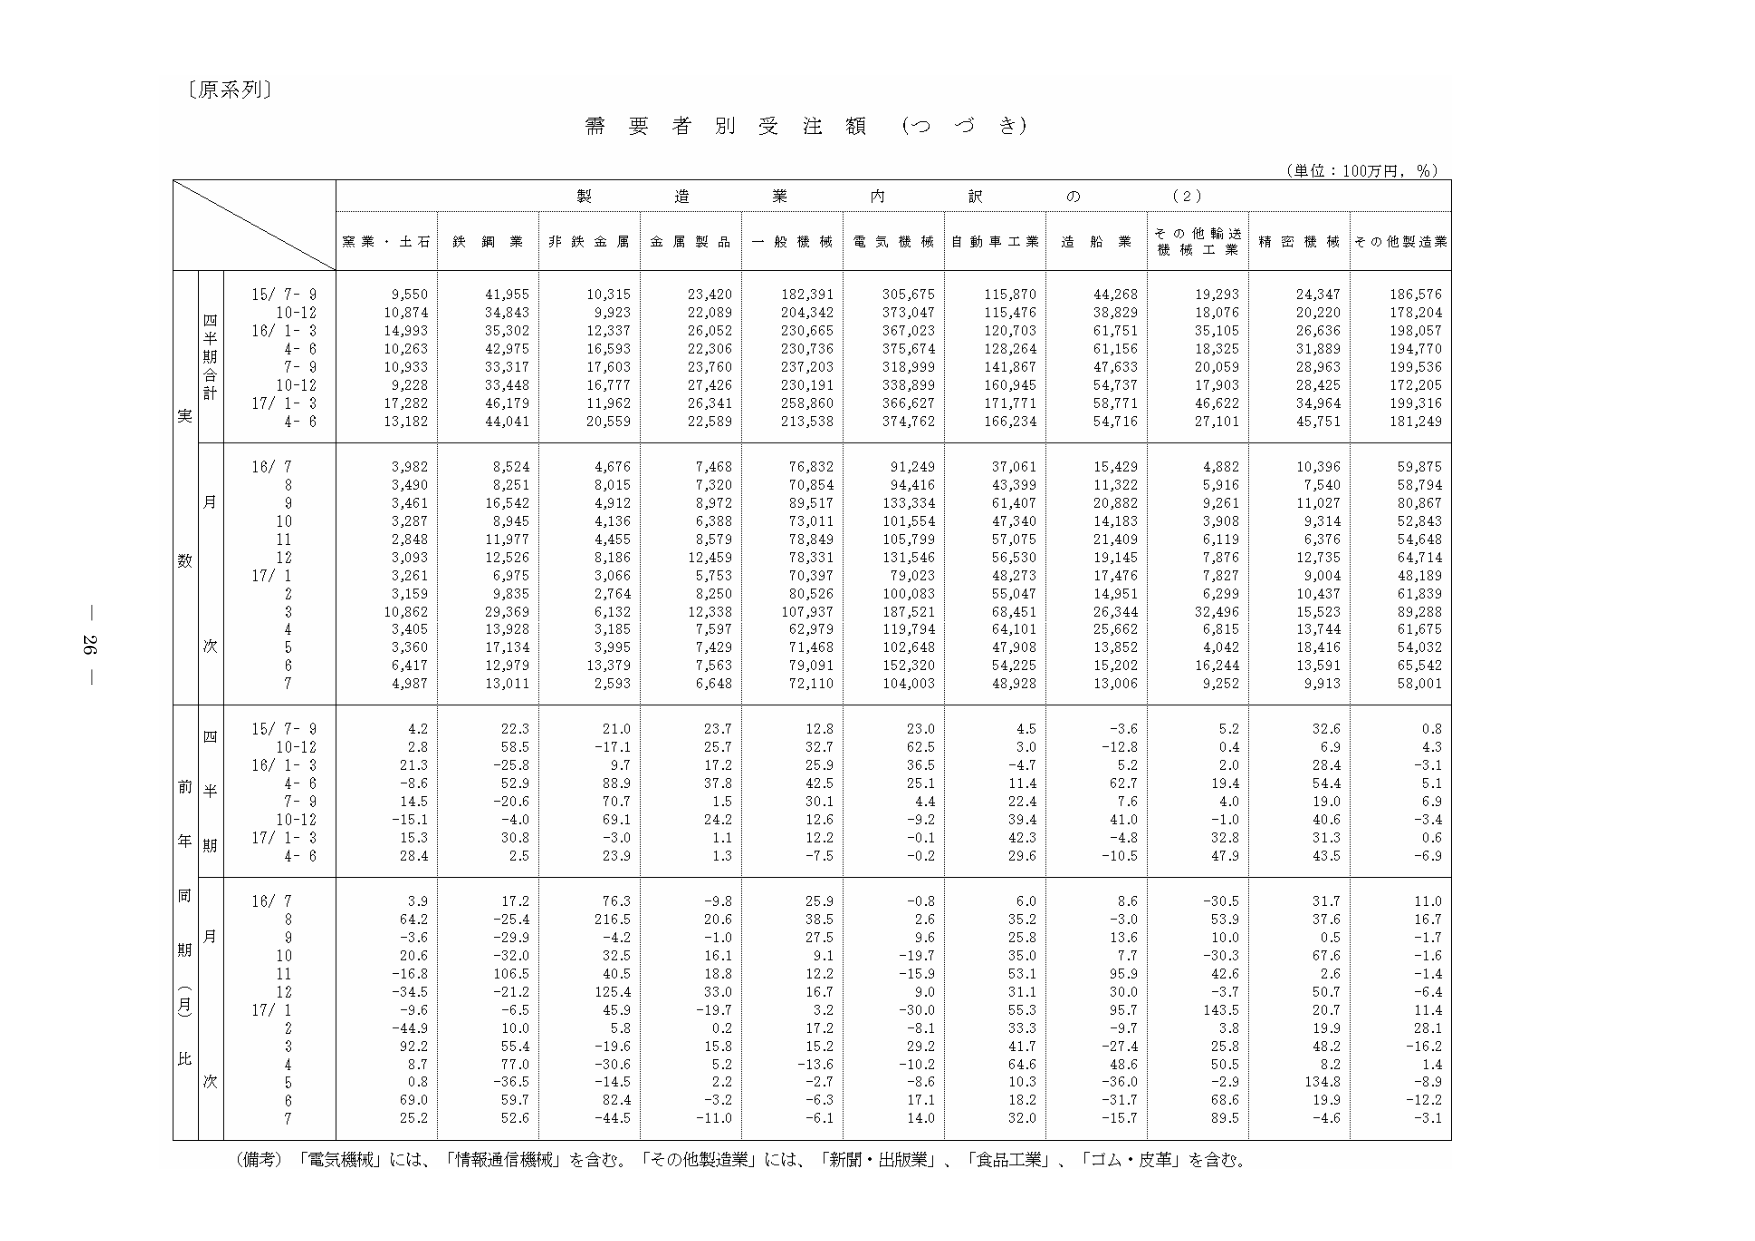
〔原系列〕

需要者別受注額（つづき）

（単位：100万円，％）

製造業内訳の（2）

窯業・土石　鉄鋼業　非鉄金属　金属製品　一般機械　電気機械　自動車工業　造船業　その他輸送機械工業　精密機械　その他製造業

四半期合計
実
15/ 7-9　　9,550　　41,955　　10,315　　23,420　　182,391　　305,675　　115,870　　44,268　　19,293　　24,347　　186,576
　　10-12　　10,874　　34,843　　9,923　　22,089　　204,342　　373,047　　115,476　　38,829　　18,076　　20,220　　178,204
16/ 1-3　　14,993　　35,302　　12,337　　26,052　　230,665　　367,023　　120,703　　61,751　　35,105　　26,636　　198,057
　　4-6　　10,263　　42,975　　16,593　　22,306　　230,736　　375,674　　128,264　　61,156　　18,325　　31,889　　194,770
　　7-9　　10,933　　33,317　　17,603　　23,760　　237,203　　318,999　　141,867　　47,633　　20,059　　28,963　　199,536
　　10-12　　9,228　　33,448　　16,777　　27,426　　230,191　　338,899　　160,945　　54,737　　17,903　　28,425　　172,205
17/ 1-3　　17,282　　46,179　　11,962　　26,341　　258,860　　366,627　　171,771　　58,771　　46,622　　34,964　　199,316
　　4-6　　13,182　　44,041　　20,559　　22,589　　213,538　　374,762　　166,234　　54,716　　27,101　　45,751　　181,249

月数
16/ 7　　3,982　　8,524　　4,676　　7,468　　76,832　　91,249　　37,061　　15,429　　4,882　　10,396　　59,875
　　8　　3,490　　8,251　　8,015　　7,320　　70,854　　94,416　　43,399　　11,322　　5,916　　7,540　　58,794
　　9　　3,461　　16,542　　4,912　　8,972　　89,517　　133,334　　61,407　　20,882　　9,261　　11,027　　80,867
　　10　　3,287　　8,945　　4,136　　6,388　　73,011　　101,554　　47,340　　14,183　　3,908　　9,314　　52,843
　　11　　2,848　　11,977　　4,455　　8,579　　78,849　　105,799　　57,075　　21,409　　6,119　　6,376　　54,648
　　12　　3,093　　12,526　　8,186　　12,459　　78,331　　131,546　　56,530　　19,145　　7,876　　12,735　　64,714
17/ 1　　3,261　　6,975　　3,066　　5,753　　70,397　　79,023　　48,273　　17,476　　7,827　　9,004　　48,189
　　2　　3,159　　9,835　　2,764　　8,250　　80,526　　100,083　　55,047　　14,951　　6,239　　10,437　　61,839
　　3　　10,862　　29,369　　6,132　　12,338　　107,937　　187,521　　68,451　　26,344　　32,496　　15,523　　89,288
　　4　　3,405　　13,928　　3,185　　7,597　　62,979　　119,794　　64,101　　25,662　　6,815　　13,744　　61,675
　　5　　3,360　　17,134　　3,995　　7,429　　71,468　　102,648　　47,908　　13,852　　4,042　　18,416　　54,032
　　6　　6,417　　12,979　　13,379　　7,563　　79,091　　152,320　　54,225　　15,202　　16,244　　13,591　　65,542
　　7　　4,987　　13,011　　2,593　　6,648　　72,110　　104,003　　48,928　　13,006　　9,252　　9,913　　58,001

四半期
前年同期比
15/ 7-9　　4.2　　22.3　　21.0　　23.7　　12.8　　23.0　　4.5　　-3.6　　5.2　　32.6　　0.8
　　10-12　　2.8　　58.5　　-17.1　　25.7　　32.7　　62.5　　3.0　　-12.8　　0.4　　6.9　　4.3
16/ 1-3　　21.3　　-25.8　　9.7　　17.2　　25.9　　36.5　　-4.7　　5.2　　2.0　　28.4　　-3.1
　　4-6　　-8.6　　52.9　　88.9　　37.8　　42.5　　25.1　　11.4　　62.7　　19.4　　54.4　　5.1
　　7-9　　14.5　　-20.6　　70.7　　1.5　　30.1　　4.4　　22.4　　7.6　　4.0　　19.0　　6.9
　　10-12　　-15.1　　-4.0　　69.1　　24.2　　12.6　　-9.2　　39.4　　41.0　　-1.0　　40.6　　-3.4
17/ 1-3　　15.3　　30.8　　-3.0　　1.1　　12.2　　-0.1　　42.3　　-4.8　　32.8　　31.3　　0.6
　　4-6　　28.4　　2.5　　23.9　　1.3　　-7.5　　-0.2　　29.6　　-10.5　　47.9　　43.5　　-6.9

同期（月）比
16/ 7　　3.9　　17.2　　76.3　　-9.8　　25.9　　-0.8　　6.0　　8.6　　-30.5　　31.7　　11.0
　　8　　64.2　　-25.4　　216.5　　20.6　　38.5　　2.6　　35.2　　-3.0　　53.9　　37.6　　16.7
　　9　　-3.6　　-29.9　　-4.2　　-1.0　　27.5　　9.6　　25.8　　13.6　　10.0　　0.5　　-1.7
　　10　　20.6　　-32.0　　32.5　　16.1　　9.1　　-19.7　　35.0　　7.7　　-30.3　　67.6　　-1.6
　　11　　-16.8　　106.5　　40.5　　18.8　　12.2　　-15.9　　53.1　　95.9　　42.6　　2.6　　-1.4
　　12　　-34.5　　-21.2　　125.4　　33.0　　16.7　　9.0　　31.1　　30.0　　-3.7　　50.7　　-6.4
17/ 1　　-9.6　　-6.5　　45.9　　-19.7　　3.2　　-30.0　　55.3　　95.7　　143.5　　20.7　　11.4
　　2　　-44.9　　10.0　　5.8　　0.2　　17.2　　-8.1　　33.3　　-9.7　　3.8　　19.9　　28.1
　　3　　92.2　　55.4　　-19.6　　15.8　　15.2　　29.2　　41.7　　-27.4　　25.8　　48.2　　-16.2
　　4　　8.7　　77.0　　-30.6　　5.2　　-13.6　　-10.2　　64.6　　48.6　　50.5　　8.2　　1.4
　　5　　0.8　　-36.5　　-14.5　　2.2　　-2.7　　-8.6　　10.3　　-36.0　　-2.9　　134.8　　-8.9
　　6　　69.0　　59.7　　82.4　　-3.2　　-6.3　　17.1　　18.2　　-31.7　　68.6　　19.9　　-12.2
　　7　　25.2　　52.6　　-44.5　　-11.0　　-6.1　　14.0　　32.0　　-15.7　　89.5　　-4.6　　-3.1

（備考）「電気機械」には、「情報通信機械」を含む。「その他製造業」には、「新聞・出版業」、「食品工業」、「ゴム・皮革」を含む。